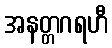
အနတ္တဂရဟီ